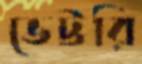
ভেট্টরি